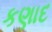
કણાદ